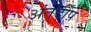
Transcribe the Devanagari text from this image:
अंतर्दीप